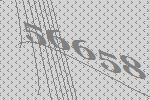
56658